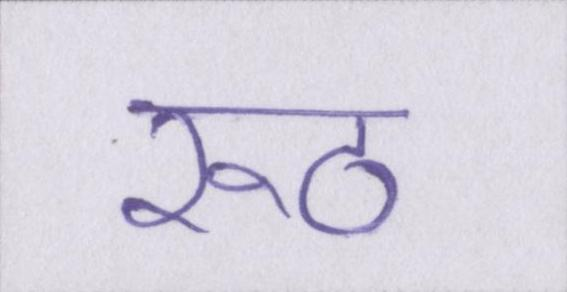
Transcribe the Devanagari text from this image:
रूठ